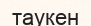
таукен